Insane asylums in Bengal annual reports 1867-1875 - 1867-1875
Year: 1867
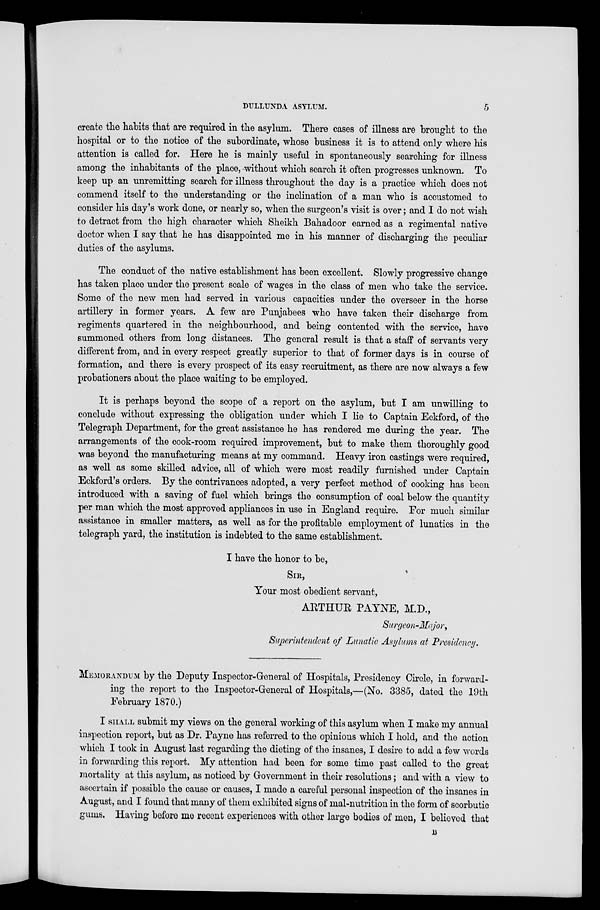
DULLUNDA ASYLUM.
5
create the habits that are required in the asylum. There cases of illness are brought to the
hospital or to the notice of the subordinate, whose business it is to attend only where his
attention is called for. Here he is mainly useful in spontaneously searching for illness
among the inhabitants of the place, without which search it often progresses unknown. To
keep up an unremitting search for illness throughout the day is a practice which does not
commend itself to the understanding or the inclination of a man who is accustomed to
consider his day's work done, or nearly so, when the surgeon's visit is over; and I do not wish
to detract from the high character which Sheikh Bahadoor earned as a regimental native
doctor when I say that he has disappointed me in his manner of discharging the peculiar
duties of the asylums.
The conduct of the native establishment has been excellent. Slowly progressive change
has taken place under the present scale of wages in the class of men who take the service.
Some of the new men had served in various capacities under the overseer in the horse
artillery in former years. A few are Punjabees who have taken their discharge from
regiments quartered in the neighbourhood, and being contented with the service, have
summoned others from long distances. The general result is that a staff of servants very
different from, and in every respect greatly superior to that of former days is in course of
formation, and there is every prospect of its easy recruitment, as there are now always a few
probationers about the place waiting to be employed.
It is perhaps beyond the scope of a report on the asylum, but I am unwilling to
conclude without expressing the obligation under which I lie to Captain Eckford, of the
Telegraph Department, for the great assistance he has rendered me during the year. The
arrangements of the cook-room required improvement, but to make them thoroughly good
was beyond the manufacturing means at my command. Heavy iron castings were required,
as well as some skilled advice, all of which were most readily furnished under Captain
Eckford's orders. By the contrivances adopted, a very perfect method of cooking has been
introduced with a saving of fuel which brings the consumption of coal below the quantity
per man which the most approved appliances in use in England require. For much similar
assistance in smaller matters, as well as for the profitable employment of lunatics in the
telegraph yard, the institution is indebted to the same establishment.
I have the honor to be,
SIR,
Your most obedient servant,
ARTHUR PAYNE, M.D.,
Surgeon-Major,
Superintendent of Lunatic Asylums at Presidency.
MEMORANDUM by the Deputy Inspector-General of Hospitals, Presidency Circle, in forward-
ing the report to the Inspector-General of Hospitals,—(No. 3385, dated the 19th
February 1870.)
I SHALL submit my views on the general working of this asylum when I make my annual
inspection report, but as Dr. Payne has referred to the opinions which I hold, and the action
which I took in August last regarding the dieting of the insanes, I desire to add a few words
in forwarding this report. My attention had been for some time past called to the great
mortality at this asylum, as noticed by Government in their resolutions; and with a view to
ascertain if possible the cause or causes, I made a careful personal inspection of the insanes in
August, and I found that many of them exhibited signs of mal-nutrition in the form of scorbutic
gums. Having before me recent experiences with other large bodies of men, I believed that
B